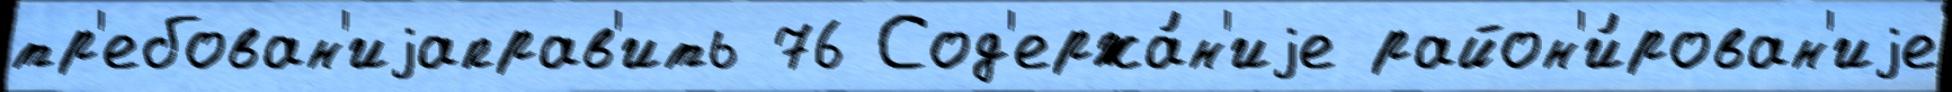
тр'ебован'иjаправ'ить 76 Сод'ержа́н'иjе район'и́рован'иjе